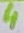
Text: 4